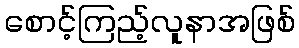
စောင့်ကြည့်လူနာအဖြစ်